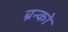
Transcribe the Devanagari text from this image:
ब्रन्को